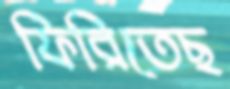
ফিরিতেছ